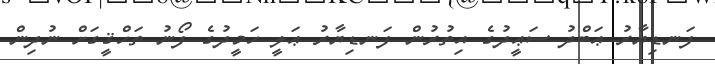
ފަނޑިޔާރު ޢަބްދު ސަޢީދުގެ އިތުރުން ފަނޑިޔާރު ޢަލީ ހަމީދުގެ ފޯނު ތަހްޤީގަށް ނުދިން